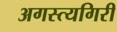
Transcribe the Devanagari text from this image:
अगस्त्यगिरी